Triennial report on the lunatic asylums in the province of Eastern Bengal and Assam - 1903-1911
Year: 1903
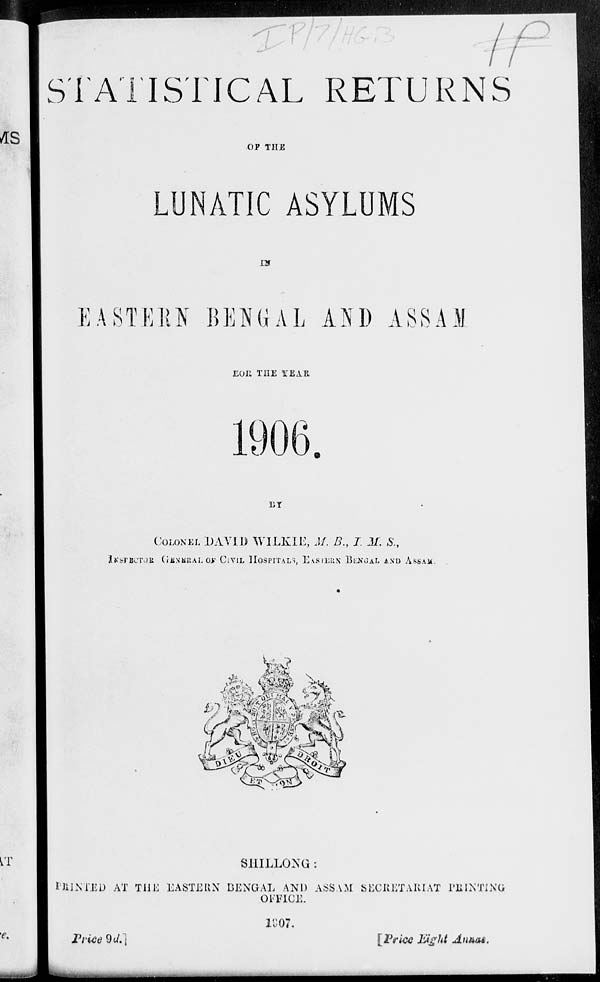
STATISTICAL RETURNS
OF THE
LUNATIC ASYLUMS
IN
EASTERN BENGAL AND ASSAM
FOR THE YEAR
1906.
BY
COLONEL DAVID WILKIE, M. B., I. M. S.,
INSPECTOR
GENERAL OF CIVIL HOSPITALS, EASTERN BENGAL AND ASSAM.
SHILLONG :
PRINTED AT THE EASTERN BENGAL AND ASSAM SECRETARIAT PRINTING
OFFICE.
1907.
Price
9d.]
[Price Eight Annas.